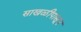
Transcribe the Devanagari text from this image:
साखळीपासून